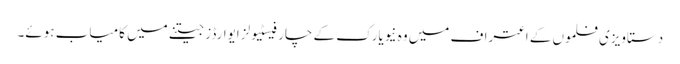
دستاویزی فلموں کے اعتراف میں وہ نیویارک کے چار فیسٹیولز ایوارڈز جیتنے میں کامیاب ہوئے۔